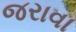
જરાવા